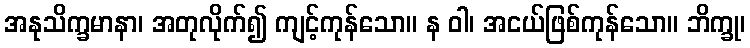
အနုသိက္ခမာနာ၊ အတုလိုက်၍ ကျင့်ကုန်သော။ န ဝါ၊ အငယ်ဖြစ်ကုန်သော။ ဘိက္ခု၊